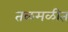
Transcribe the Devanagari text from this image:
तळमळीत